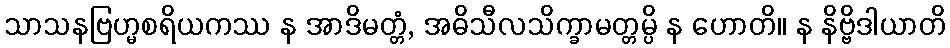
သာသနဗြဟ္မစရိယကဿ န အာဒိမတ္တံ, အဓိသီလသိက္ခာမတ္တမ္ပိ န ဟောတိ။ န နိဗ္ဗိဒါယာတိ